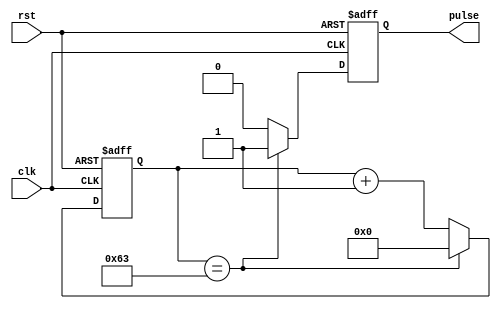
module timing_control_block (
    input wire clk,
    input wire rst,
    output reg pulse
);

parameter COUNT_MAX = 100; // Predefined value for counter

reg [6:0] count; // Counter with 7 bits to count up to 100

always @ (posedge clk or posedge rst) begin
    if (rst) begin
        count <= 0;
        pulse <= 0;
    end else begin
        if (count == COUNT_MAX - 1) begin
            count <= 0;
            pulse <= 1; // Generate pulse signal when counter reaches predefined value
        end else begin
            count <= count + 1;
            pulse <= 0;
        end
    end
end

endmodule